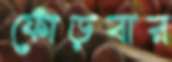
ফোঁড়বার